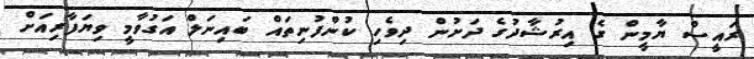
ރައީސް ޔާމީން ގެ އިރުޝާދުގެ ދަށުން ދިވެހި ކުންފުނިތައް ބައިނަލް އަގުވާމީ ވިޔަފާރިއަށް